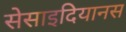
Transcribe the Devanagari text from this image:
सेसाइदियानस